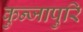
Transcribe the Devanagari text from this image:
कुन्जापुरि